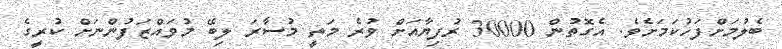
ބެލުމަށްފަހުކަމަށެވެ. އެގޮތުން 30000 ރުފިޔާއަށް ވުރެ މަތީ މުސާރަ ލިބޭ މުވައްޒަފުންނަށް ކުރީގެ